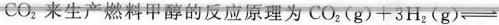
Co2来生产燃料甲醇的反应原理为CO2(g)+3H2(g)\rightleftharpoons